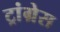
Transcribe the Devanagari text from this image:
ट्रांग्रेस